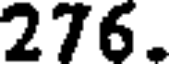
276.